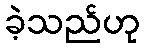
ခဲ့သည်ဟု